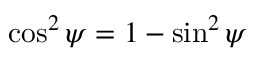
\cos ^ { 2 } \psi = 1 - \sin ^ { 2 } \psi